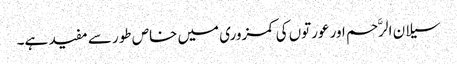
سیلان الرَّحم اور عورتوں کی کمزوری میں خاص طور سے مفید ہے۔